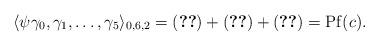
LaTeX: \begin{align*}\langle \psi \gamma_0, \gamma_1,\dots,\gamma_5\rangle_{0,6,2}=(\ref{eq-groupOfTerms-S2})+(\ref{eq-groupOfTerms-S3})+(\ref{eq-groupOfTerms-S4})=\mathrm{Pf}(c).\end{align*}